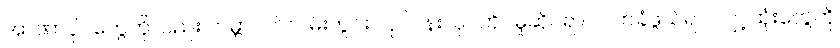
အာဏာပိုင်တွေကိုလည်း ကမ္ဘာပတ်လမ်းတွင်း လုပ်ငန်းလုပ်ကိုင်မှုဆိုင်ရာ လက်ခံဖွယ်ရာ ကျင့်ထုံးတွေကို